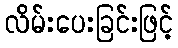
လိမ်းပေးခြင်းဖြင့်